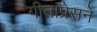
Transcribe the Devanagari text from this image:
गीताप्रेसने